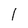
Character: 1